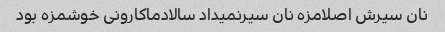
نان سیرش اصلامزه نان سیرنمیداد سالادماکارونی خوشمزه بود